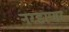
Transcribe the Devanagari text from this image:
नरडाणा